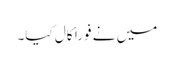
میں نے فوراَ َ کال کیا۔